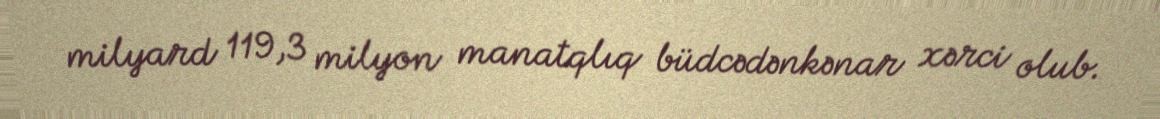
milyard 119,3 milyon manatqlıq büdcədənkənar xərci olub.